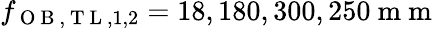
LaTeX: f_{\mathrm{~O~B~},\mathrm{~T~L~},1,2}=18,180,300,250\mathrm{~m~m~}